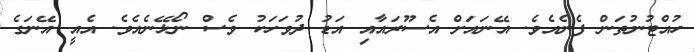
ހުއްޓުނުތަން ފެނެއެވެ. އޭނައަށް އެސޫރައާއި އަޑު ދުވަހަކު ވެސް ނޯޅޭނެއެވެ. އެއީ އޭނަގެ